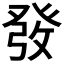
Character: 𤼲